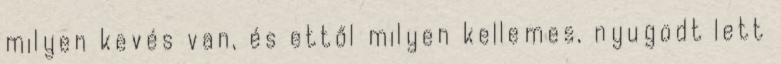
milyen kevés van, és ettől milyen kellemes, nyugodt lett